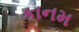
કાનમ